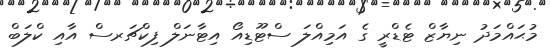
މުޙައްމަދު ނިޔާޒް ޓެޑްރީ ގެ އަމިއްލަ ސްޓޫޑިއޯ އިޓާނަލް ފިކްޗަރސް އާއި ކްލަބް